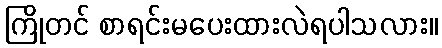
ကြိုတင် စာရင်းမပေးထားလဲရပါသလား။